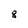
Character: 8